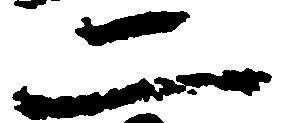
二